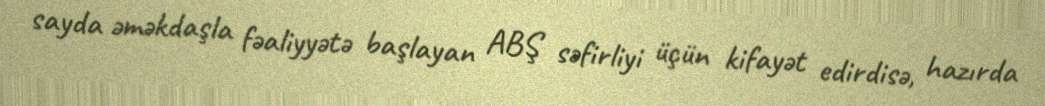
sayda əməkdaşla fəaliyyətə başlayan ABŞ səfirliyi üçün kifayət edirdisə, hazırda